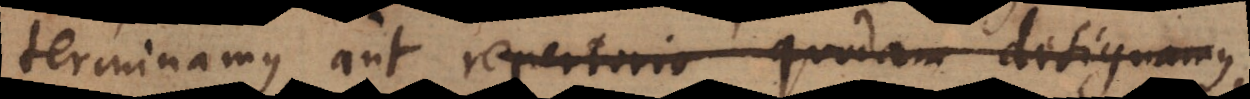
terminamus, aut repertorio quondam destiguamus,